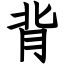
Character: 背